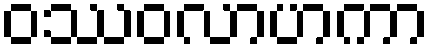
ဝဿဝလာဟကာ